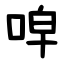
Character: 唕